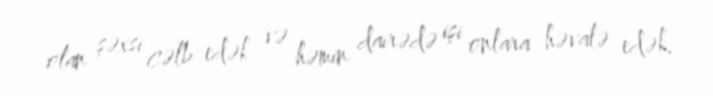
olan şəxsi cəlb edək və həmin dairədə işi onlara həvalə edək.